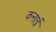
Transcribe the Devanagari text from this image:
कनाई